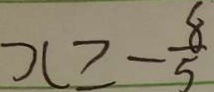
x \geq - \frac { 8 } { 5 }